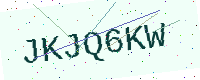
Text: JKJQ6KW